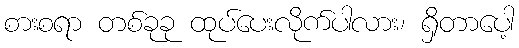
စားစရာ တစ်ခုခု ထုပ်ပေးလိုက်ပါလား၊ ရှိတာပေါ့